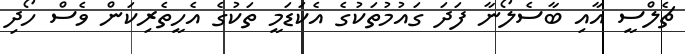
ޗެލްސީ އާއި ބާސެލޯނާ ފަދަ ގައުމުތަކުގެ އެކަޑަމީ ތަކުގެ އެހީތެރިކަން ވެސް ހޯދި